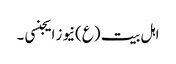
اہل بیت (ع)نیوز ایجنسی ۔